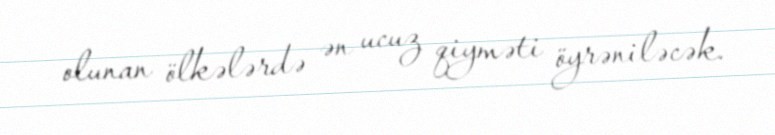
olunan ölkələrdə ən ucuz qiyməti öyrəniləcək.